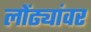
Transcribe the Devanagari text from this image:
लोंढ्यांवर